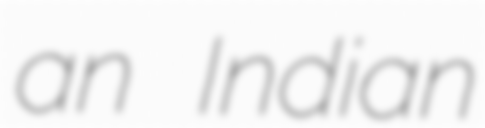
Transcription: an Indian